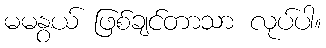
မမနွယ် ဖြစ်ချင်တာသာ လုပ်ပါ။